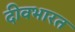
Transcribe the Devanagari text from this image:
दीवभारत